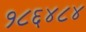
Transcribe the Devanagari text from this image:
१८६४८४